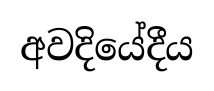
අවදියේදීය